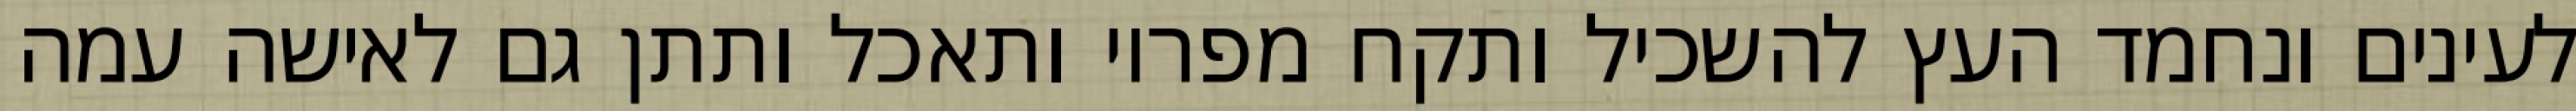
לעינים ונחמד העץ להשכיל ותקח מפריו ותאכל ותתן גם לאישה עמה